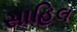
સાહિલ